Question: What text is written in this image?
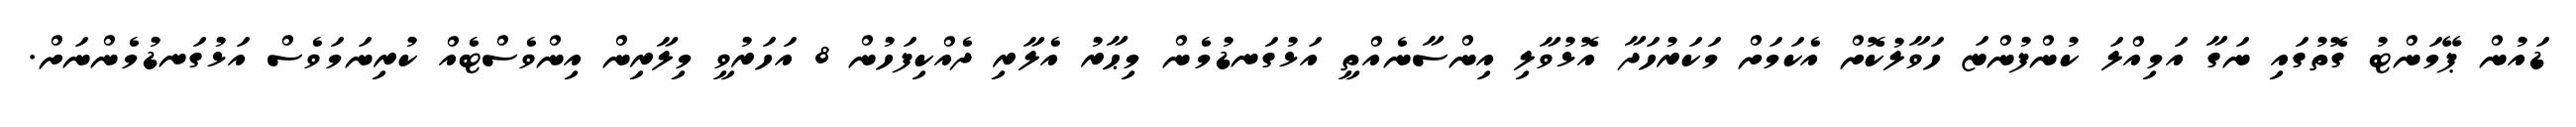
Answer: ޑައުން ޕޭމަންޓު ގޮތުގައި ނަގާ އަމިއްލަ ކުންފުންޏަ ހަވާލުކޮށް އެކަމަށް މަކަރުހަދާ އޮޅުވާލި އިންސާނެއްތީ އަޅުގަނޑުމެން މިޙާރު އެލާރި ދެއްކިފަހުން 8 އަހަރުވީ މިލާރިން އިންވެސްޓެއް ކުރިނަމަވެސް އަޅުގަނޑުމެންނަށް.